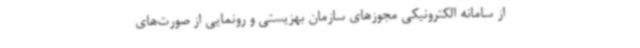
از سامانه الکترونیکی مجوزهای سازمان بهزیستی و رونمایی از صورت‌های